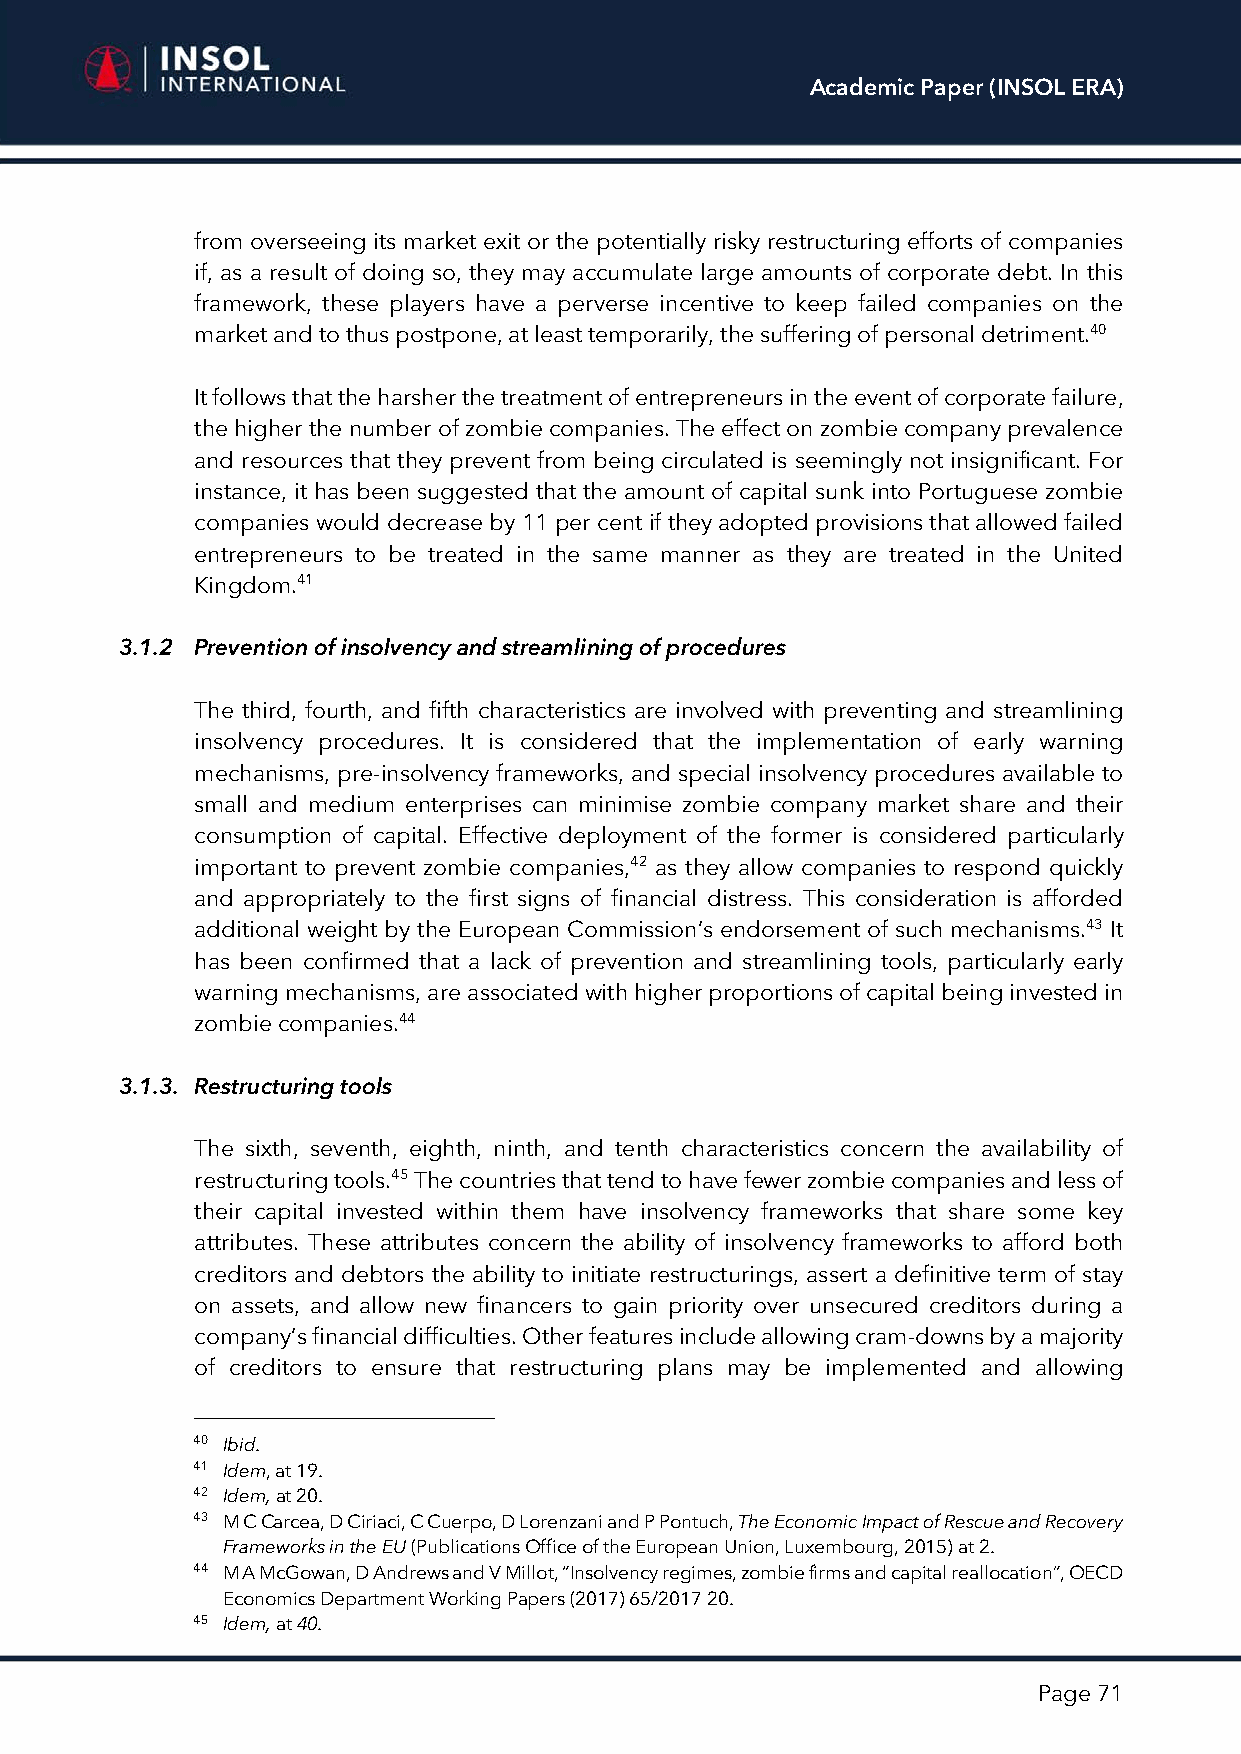
Academic Paper (INSOL ERA)
 from overseeing its market exit or the potentially risky restructuring efforts of companies
 if, as a result of doing so, they may accumulate large amounts of corporate debt. In this
 framework, these players have a perverse incentive to keep failed companies on the
 market and to thus postpone, at least temporarily, the suffering of personal detriment.40
 It follows that the harsher the treatment of entrepreneurs in the event of corporate failure,
 the higher the number of zombie companies. The effect on zombie company prevalence
 and resources that they prevent from being circulated is seemingly not insignificant. For
 instance, it has been suggested that the amount of capital sunk into Portuguese zombie
 companies would decrease by 11 per cent if they adopted provisions that allowed failed
 entrepreneurs to be treated in the same manner as they are treated in the United
 Kingdom.41
 3.1.2 Prevention of insolvency and streamlining of procedures
 The third, fourth, and fifth characteristics are involved with preventing and streamlining
 insolvency procedures. It is considered that the implementation of early warning
 mechanisms, pre-insolvency frameworks, and special insolvency procedures available to
 small and medium enterprises can minimise zombie company market share and their
 consumption of capital. Effective deployment of the former is considered particularly
 important to prevent zombie companies,42 as they allow companies to respond quickly
 and appropriately to the first signs of financial distress. This consideration is afforded
 additional weight by the European Commission’s endorsement of such mechanisms.43 It
 has been confirmed that a lack of prevention and streamlining tools, particularly early
 warning mechanisms, are associated with higher proportions of capital being invested in
 zombie companies.44
 3.1.3. Restructuring tools
 The sixth, seventh, eighth, ninth, and tenth characteristics concern the availability of
 restructuring tools.45 The countries that tend to have fewer zombie companies and less of
 their capital invested within them have insolvency frameworks that share some key
 attributes. These attributes concern the ability of insolvency frameworks to afford both
 creditors and debtors the ability to initiate restructurings, assert a definitive term of stay
 on assets, and allow new financers to gain priority over unsecured creditors during a
 company’s financial difficulties. Other features include allowing cram-downs by a majority
 of creditors to ensure that restructuring plans may be implemented and allowing
 40 Ibid.
 41 Idem, at 19.
 42 Idem, at 20.
 43 M C Carcea, D Ciriaci, C Cuerpo, D Lorenzani and P Pontuch, The Economic Impact of Rescue and Recovery
 Frameworks in the EU (Publications Office of the European Union, Luxembourg, 2015) at 2.
 44 M A McGowan, D Andrews and V Millot, “Insolvency regimes, zombie firms and capital reallocation”, OECD
 Economics Department Working Papers (2017) 65/2017 20.
 45 Idem, at 40.
 Page 71